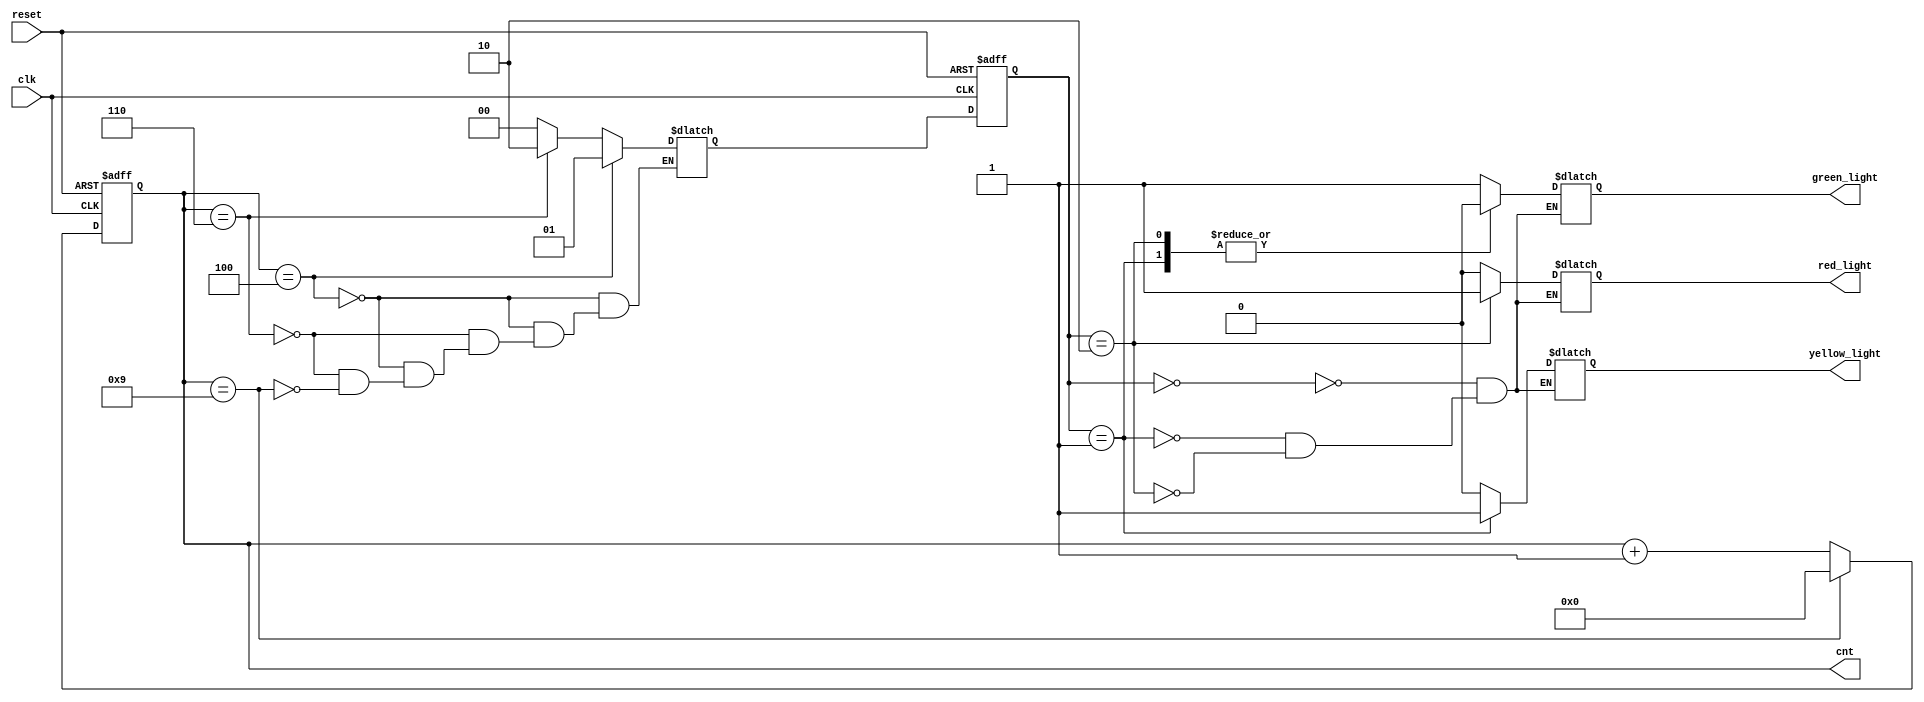
module traffic_light_hw (
		input clk, reset,
		output reg green_light, red_light, yellow_light,
		output reg [3:0] cnt
	);

	reg [1:0] state, next_state;
	localparam green = 0, yellow = 1, red = 2;

	always @(posedge clk, negedge reset) begin
		if (!reset)
			state <= green;
		else
			state <= next_state;
	end

	always @* begin
		if (cnt == 4'd4)
			next_state = yellow;
		else if (cnt == 4'd6)
			next_state = red;
		else if (cnt == 4'd9)
			next_state = green;
	end

	always @* begin
		case (state)
			green:
				begin
					green_light  = 1'b1;
					yellow_light = 1'b0;
					red_light    = 1'b0;
				end
			yellow:
				begin
					green_light  = 1'b0;
					yellow_light = 1'b1;
					red_light    = 1'b0;
				end
			red:
				begin
					green_light  = 1'b0;
					yellow_light = 1'b0;
					red_light    = 1'b1;
				end
		endcase
	end

	always @(posedge clk, negedge reset) begin
		if (!reset)
			cnt <= 4'd0;
		else if (cnt == 4'd9)
			cnt <= 4'd0;
		else
			cnt <= cnt + 4'd1;
	end

endmodule